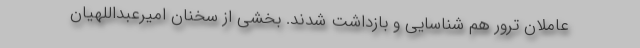
عاملان ترور هم شناسایی و بازداشت شدند. بخشی از سخنان امیرعبداللهیان